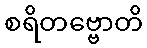
စရိတဗ္ဗောတိ